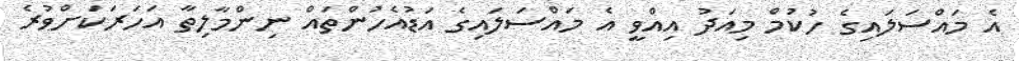
އެ މައްސަލައިގެ ހުކުމް މިއަދު އިއްވީ އެ މައްސަލައިގެ އަޑުއެހުންތައް ނިންމާލިތާ އަހަރަކަށްވުރެ